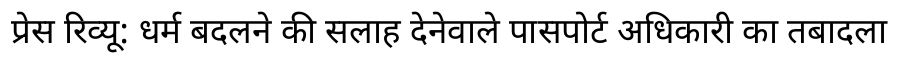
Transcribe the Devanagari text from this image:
प्रेस रिव्यू: धर्म बदलने की सलाह देनेवाले पासपोर्ट अधिकारी का तबादला